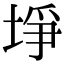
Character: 埩